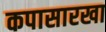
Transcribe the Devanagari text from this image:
कपासारखा